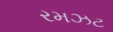
રમઝટ